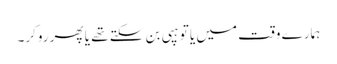
ہمارے وقت میں یا تو ہپی بن سکتے تھے یا پھر روکر۔